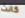
كانت